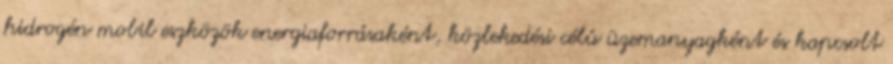
hidrogén mobil eszközök energiaforrásaként, közlekedési célú üzemanyagként és kapcsolt